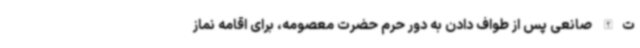
ت‌الله صانعی پس از طواف‌ دادن به دور حرم حضرت معصومه، برای اقامه نماز